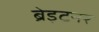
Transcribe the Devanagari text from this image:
ब्रेइटनर